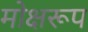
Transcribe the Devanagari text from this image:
मोक्षरूप